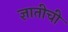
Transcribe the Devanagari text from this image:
ज्ञातीची